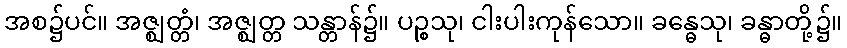
အစ၌ပင်။ အဇ္ဈတ္တံ၊ အဇ္ဈတ္တ သန္တာန်၌။ ပဉ္စသု၊ ငါးပါးကုန်သော။ ခန္ဓေသု၊ ခန္ဓာတို့၌။